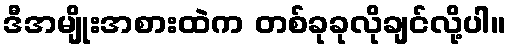
ဒီအမျိုးအစားထဲက တစ်ခုခုလိုချင်လို့ပါ။